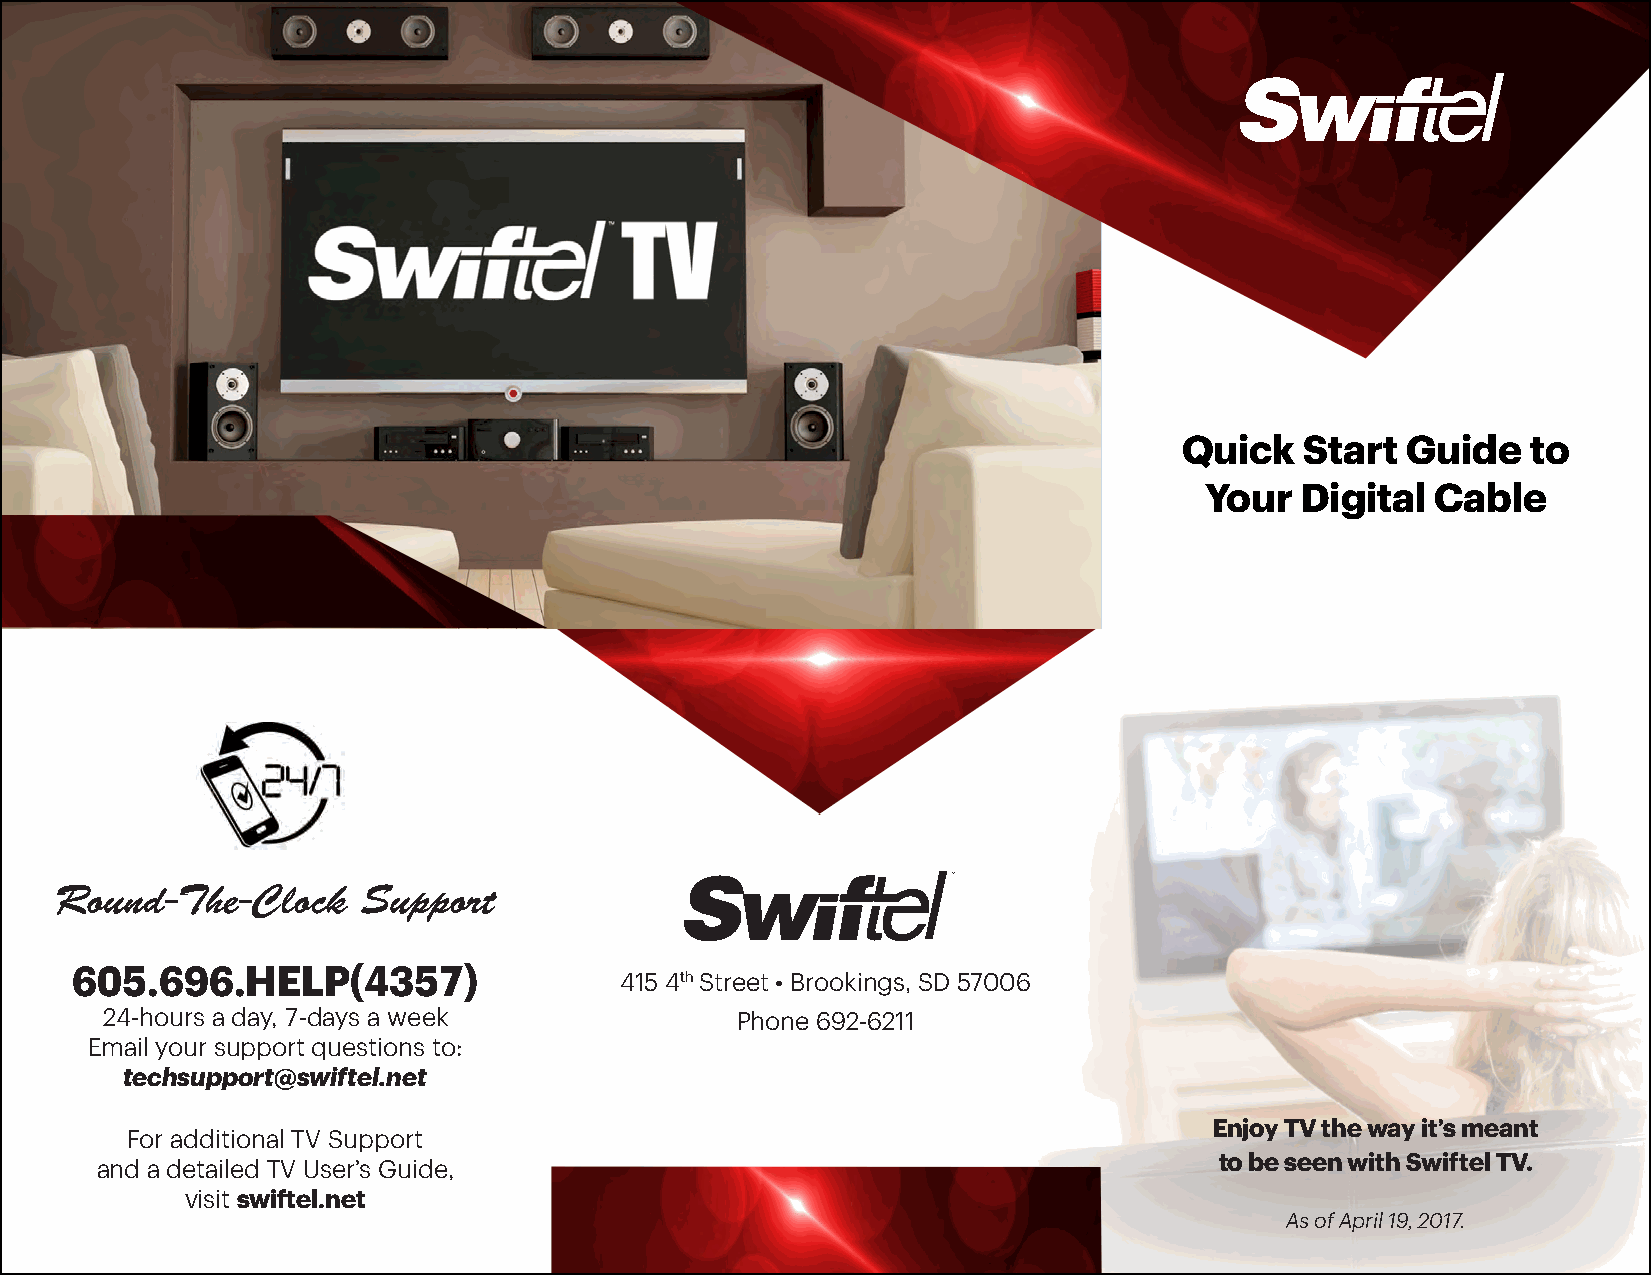
Quick   Start  Guide   to
 Your  Digital  Cable
 Round-The-Clock     Support
 605.696.HELP(4357)
 415 4th Street • Brookings, SD 57006
 24-hours a day, 7-days a week             Phone 692-6211
 Email your support questions to:
 techsupport@swiftel.net
 Enjoy TV the way it’s meant
 For additional TV Support
 to be seen with Swiftel TV.
 and a detailed TV User’s Guide,
 visit swiftel.net
 As of April 12, 2017.              As of April 19, 2017.